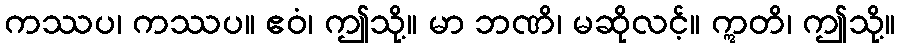
ကဿပ၊ ကဿပ။ ဧဝံ၊ ဤသို့။ မာ ဘဏိ၊ မဆိုလင့်။ ဣတိ၊ ဤသို့။